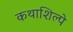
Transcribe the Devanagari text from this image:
कथाशिल्पे